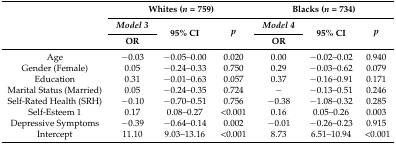
<table><thead><tr><td rowspan="3"></td><td colspan="3"><b>Whites (<i>n</i> = 759)</b></td><td colspan="3"><b>Blacks (<i>n</i> = 734)</b></td></tr><tr><td><b><i>Model 3</i></b></td><td rowspan="2"><b>95% CI</b></td><td rowspan="2"><b><i>p</i></b></td><td><b><i>Model 4</i></b></td><td rowspan="2"><b>95% CI</b></td><td rowspan="2"><b><i>p</i></b></td></tr><tr><td><b>OR</b></td><td><b>OR</b></td></tr></thead><tbody><tr><td>Age</td><td>−0.03</td><td>−0.05–0.00</td><td>0.020</td><td>0.00</td><td>−0.02–0.02</td><td>0.940</td></tr><tr><td>Gender (Female)</td><td>0.05</td><td>−0.24–0.33</td><td>0.750</td><td>0.29</td><td>−0.03–0.62</td><td>0.079</td></tr><tr><td>Education</td><td>0.31</td><td>−0.01–0.63</td><td>0.057</td><td>0.37</td><td>−0.16–0.91</td><td>0.171</td></tr><tr><td>Marital Status (Married)</td><td>0.05</td><td>−0.24–0.35</td><td>0.724</td><td>−</td><td>−0.13–0.51</td><td>0.246</td></tr><tr><td>Self-Rated Health (SRH)</td><td>−0.10</td><td>−0.70–0.51</td><td>0.756</td><td>−0.38</td><td>−1.08–0.32</td><td>0.285</td></tr><tr><td>Self-Esteem 1</td><td>0.17</td><td>0.08–0.27</td><td>&lt;0.001</td><td>0.16</td><td>0.05–0.26</td><td>0.003</td></tr><tr><td>Depressive Symptoms</td><td>−0.39</td><td>−0.64–0.14</td><td>0.002</td><td>−0.01</td><td>−0.26–0.23</td><td>0.915</td></tr><tr><td>Intercept</td><td>11.10</td><td>9.03–13.16</td><td>&lt;0.001</td><td>8.73</td><td>6.51–10.94</td><td>&lt;0.001</td></tr></tbody></table>